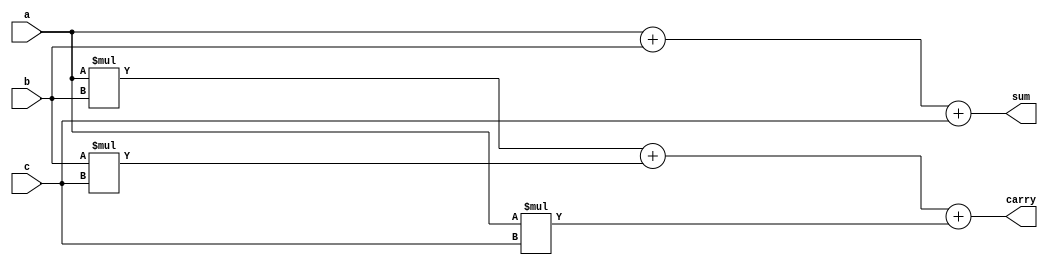
`timescale 1ns / 1ps

module full_adder_behav (sum,carry,a,b,c);
input a,b,c;
output reg sum,carry;
always @ (a,b,c)
begin
sum = a + b + c;
carry =  (a*b) + (b*c) + (a*c);
end
endmodule